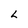
Character: L